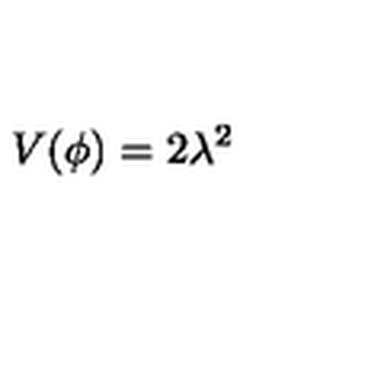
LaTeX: V ( \phi ) = 2 \lambda ^ { 2 }